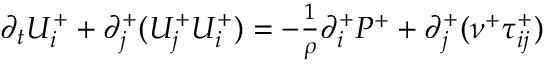
\begin{array} { r } { \partial _ { t } U _ { i } ^ { + } + \partial _ { j } ^ { + } ( U _ { j } ^ { + } U _ { i } ^ { + } ) = - \frac { 1 } { \rho } \partial _ { i } ^ { + } P ^ { + } + \partial _ { j } ^ { + } ( \nu ^ { + } \tau _ { i j } ^ { + } ) } \end{array}